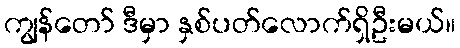
ကျွန်တော် ဒီမှာ နှစ်ပတ်လောက်ရှိဦးမယ်။